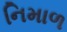
નિમાળ